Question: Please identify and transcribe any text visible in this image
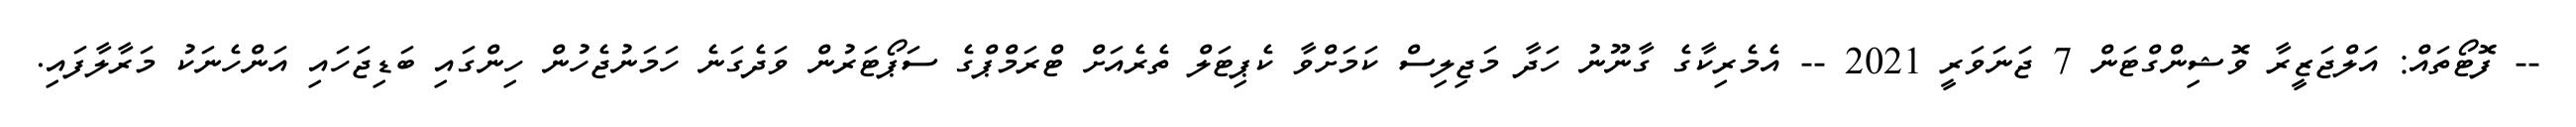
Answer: -- ފޮޓޯތައް: އަލްޖަޒީރާ ވޮޝިންގްޓަން 7 ޖަނަވަރީ 2021 -- އެމެރިކާގެ ގާނޫނު ހަދާ މަޖިލިސް ކަމަށްވާ ކެޕިޓަލް ތެރެއަށް ޓްރަމްޕްގެ ސަޕޯޓަރުން ވަދެގަނެ ހަމަނުޖެހުން ހިންގައި ބަޑިޖަހައި އަންހެނަކު މަރާލާފައި.